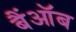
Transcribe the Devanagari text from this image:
बैंऑब